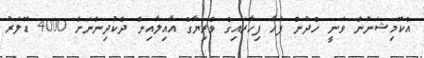
އެކޮމިޝަނުން ވަނީ ހެދުން ފަހާ ފިހާރައިގެ ވެރިޔާގެ އާއިލާއިން ދެކުދިންނަށް 4000 ޑޮލަރު